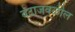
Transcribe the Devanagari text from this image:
बेटाजवळील